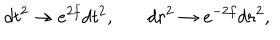
d t ^ { 2 } \to e ^ { 2 f } d t ^ { 2 } , \ \ \ d r ^ { 2 } \to e ^ { - 2 f } d r ^ { 2 } ,